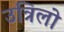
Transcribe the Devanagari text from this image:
उत्रिलो